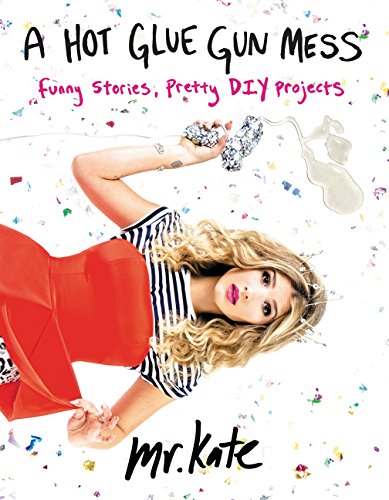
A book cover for A Hot Glue Gun Mess: Funny Stories, Pretty DIY Projects; Mr. Kate; Crafts, Hobbies & Home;